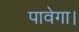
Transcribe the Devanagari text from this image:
पावेगा।